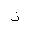
Letter: _thal